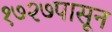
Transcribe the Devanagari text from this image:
१७२७पासून